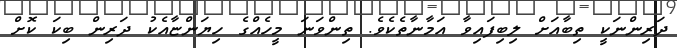
ދަރިންނަކީ ތިބާއަށް ލިބިފައިވާ އަމާނާތެކެވެ. ތިންވަނަ މީހެއްގެ ހިޔަންޏާއެކު ދަރިން ބިކަ ކޮށް